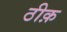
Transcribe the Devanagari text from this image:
ठीक़